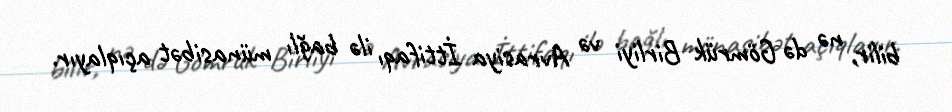
bilir, nə də Gömrük Birliyi və Avrasiya İttifaqı ilə bağlı münasibət açıqlayır.